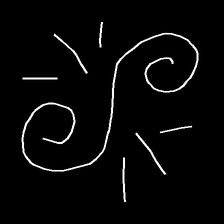
Glyph: wind-directs-air